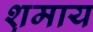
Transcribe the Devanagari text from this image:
श़माय